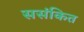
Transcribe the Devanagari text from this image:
ससंकित